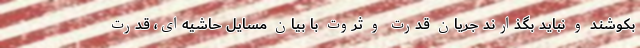
بکوشند و نباید بگذارند جریان قدرت و ثروت با بیان مسایل حاشیه‌ای، قدرت